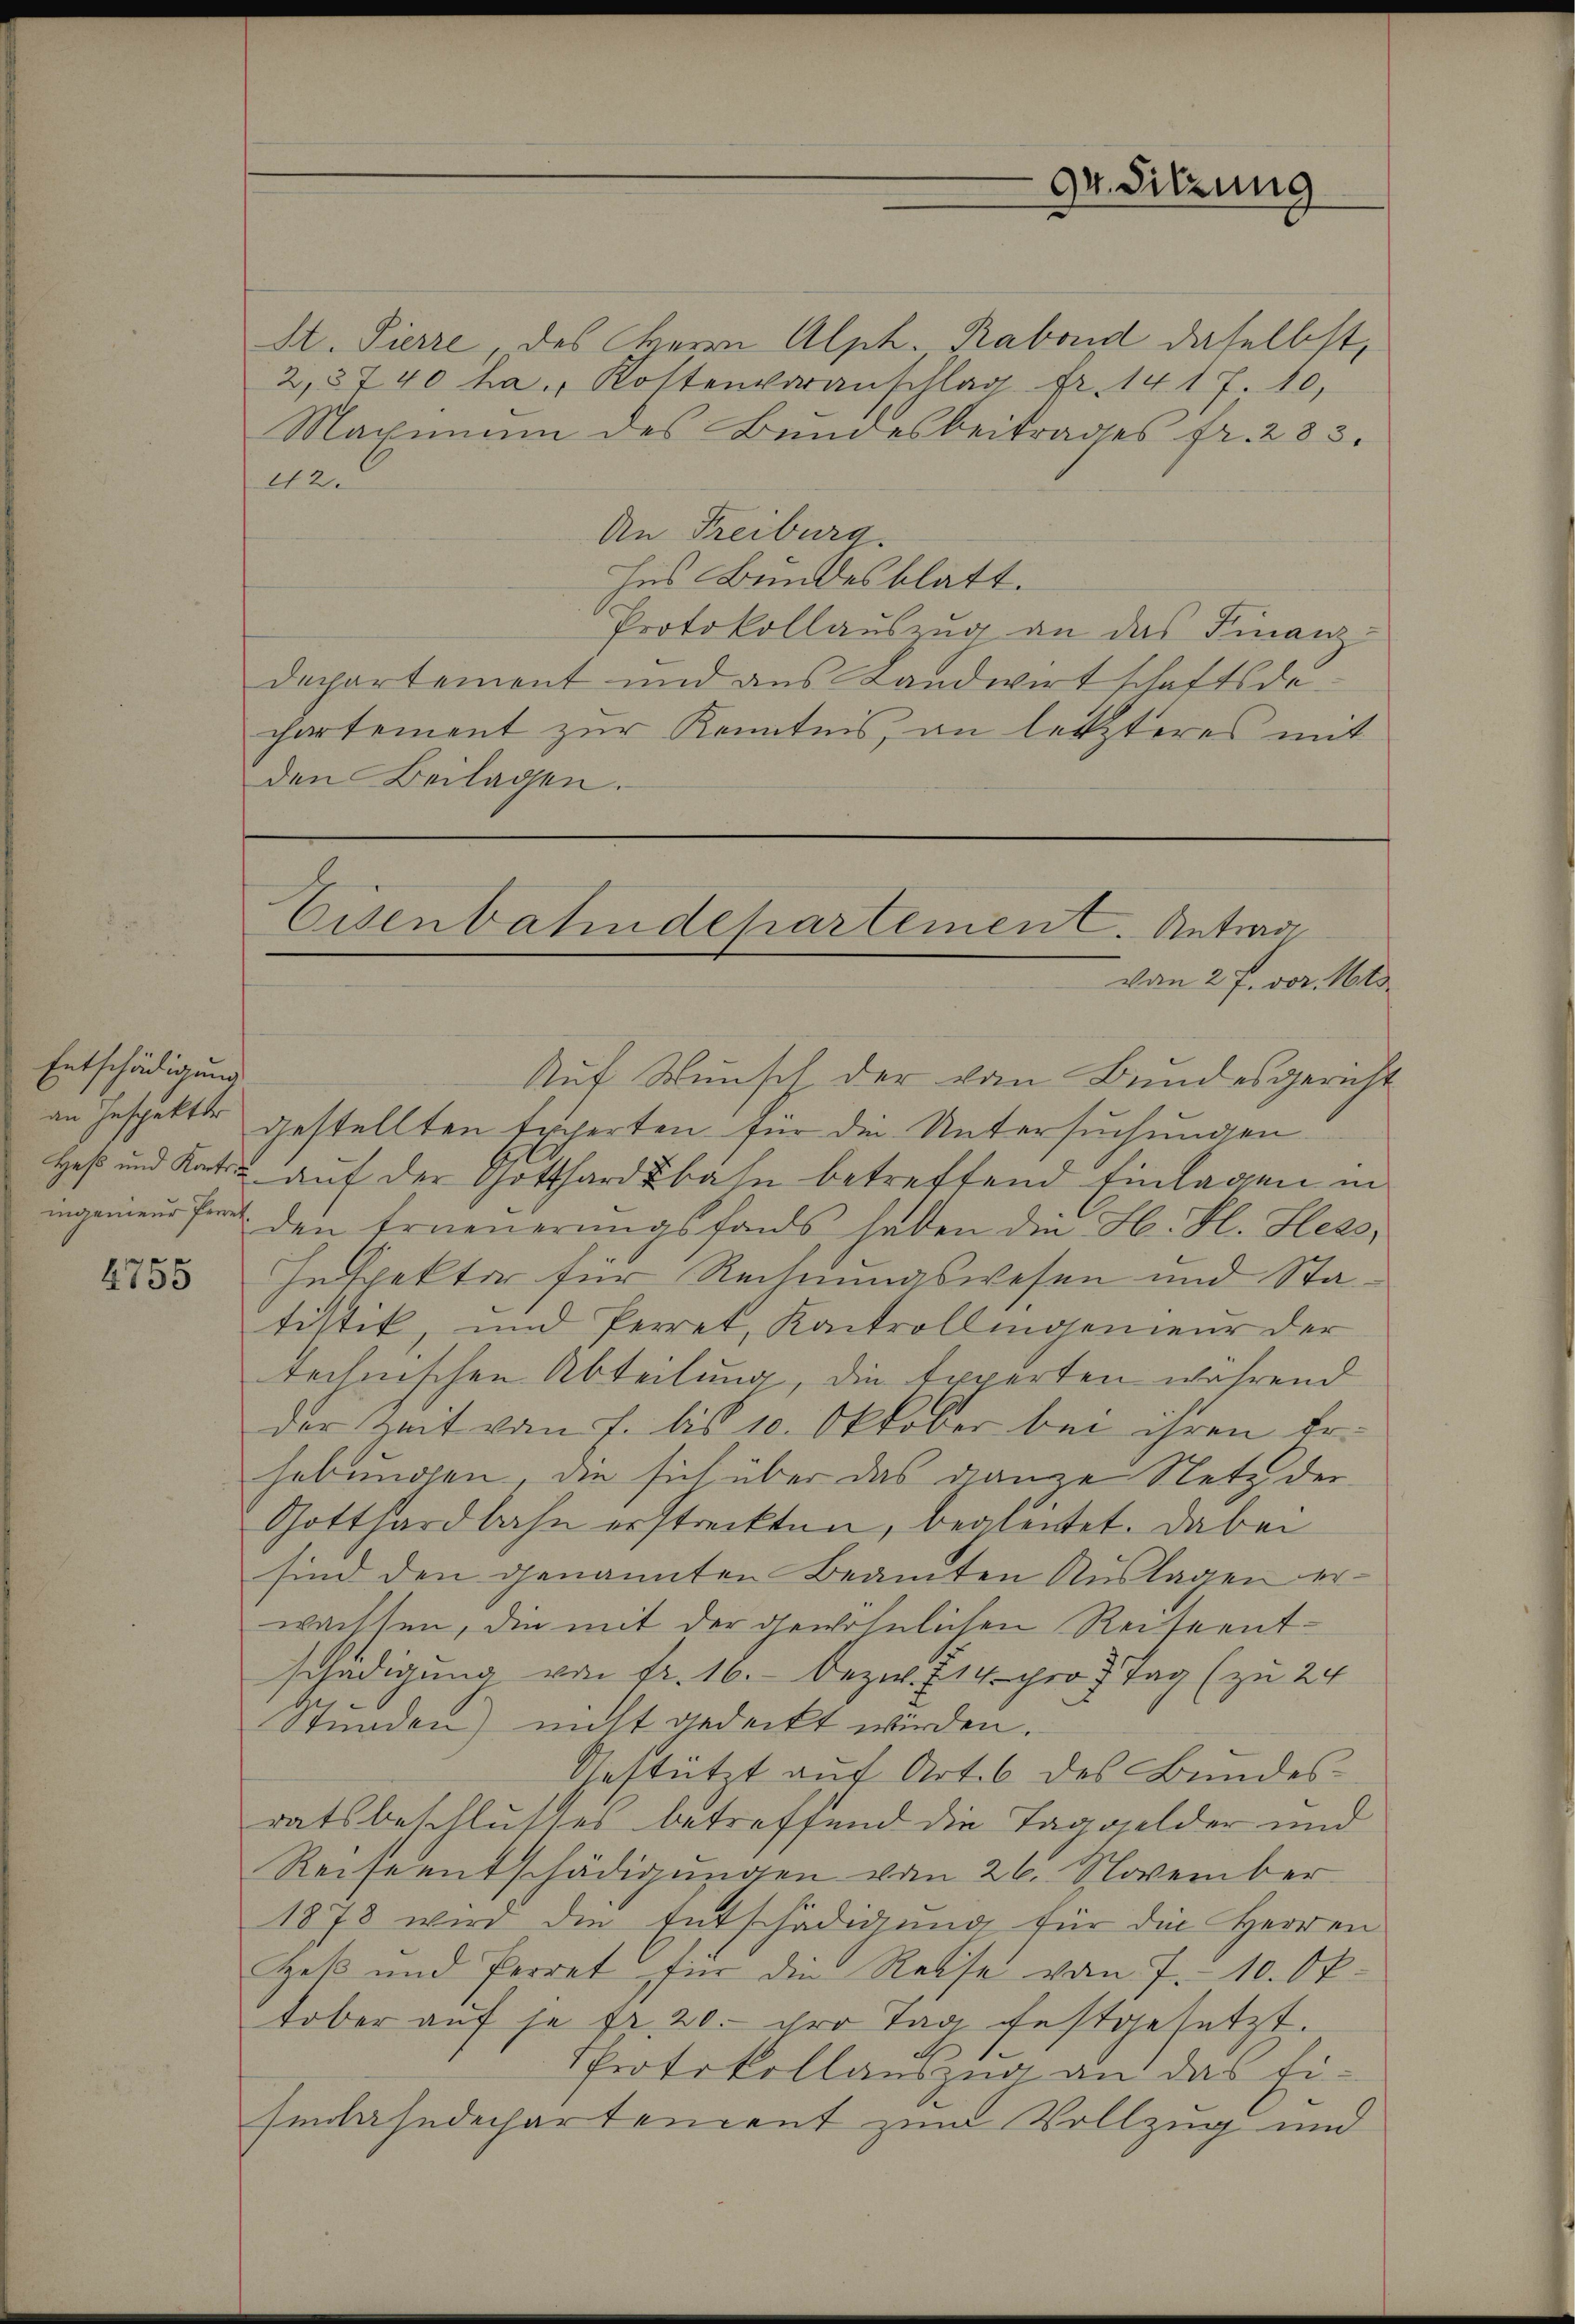
Entschädigung

4755

H. Pierre des Herrn Alph. Rabend daselbst,
2,25 40 ha Kostenvoranschlag Fr. 141. 10,
Machim des Bundesbeitrages fr. 233.
22.
An Freiburg.
hes Bundesblatt.
Protokollauszug an das Finanz-
departemont und aus Landwirtschaftsdechartement zur Kenntnis, an letzteres mit
den Beilagen.

Auf Wunsch der vom Bundesgericht
an Jespekter gestellten Experten für die Untersuchungen
Heß und Kati auf der Gotthardbahn betreffend Einlagen in
ingenieur fand den Erneuerungsfonds haben die H. Fl. Hess,
Inspekter für Rechnungswesen und Statistik, und Perret, Kantrollingenieur der
technischen Abteilung, die Experten während
der Zeit vom 7. bis 10. Oktober bei ihren Erhebungen, die sich über das ganze Netz der
Gotthardbahn erstreckten, begleitet. Dabei
sind den genannten Beamten Auslagen erwachten, die mit der gewöhnlichen Reiseentschädigung von Fr. 16. bezw. 14. pro 7 Tag (zu 24
Stŭnden) nicht gedeckt werden.
Gestützt auf Art. 6 des Bundesratsbeschlusses betreffend die Taggelder und
Reiseentschädigungen vom 26. November
1878 wird die Entschädigŭng für die Herren
Het und Perrat für die Reise vom 7. 10. Oktober auf je fr. 20.- ihre Tag festgesetzt.
Protokollauszug an das Ei-
senbahndechartement zum Vollzug und

Eisenbahndepartemen C. Antrag
von 27. vor. Mts.

9r Sitzung